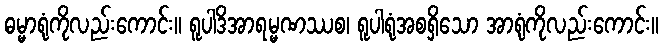
ဓမ္မာရုံကိုလည်းကောင်း။ ရူပါဒိအာရမ္မဏဿစ၊ ရူပါရုံအစရှိသော အာရုံကိုလည်းကောင်း။